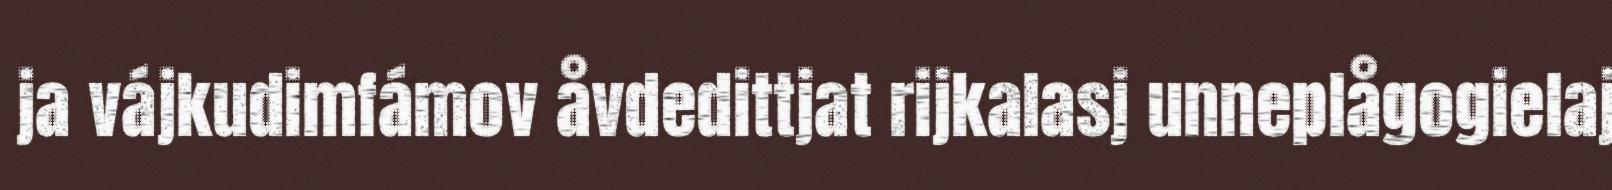
ja vájkudimfámov åvdedittjat rijkalasj unneplågogielaj